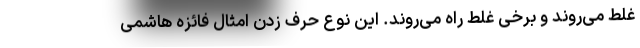
غلط می‌روند و برخی غلط راه می‌روند. این نوع حرف زدن امثال فائزه هاشمی